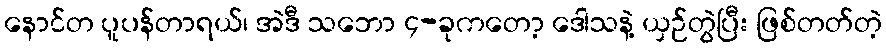
နောင်တ ပူပန်တာရယ်၊ အဲဒီ သဘော ၄-ခုကတော့ ဒေါသနဲ့ ယှဉ်တွဲပြီး ဖြစ်တတ်တဲ့